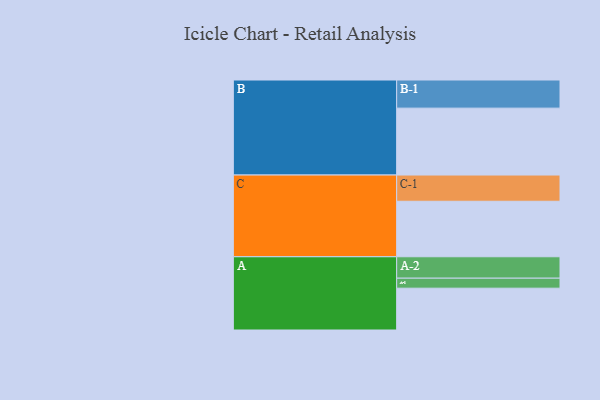
{"axis": {"x": "Segment", "y": "Value"}, "legend": ["", "A", "B", "C"], "data": [{"x": "A", "y": 330, "type": ""}, {"x": "B", "y": 528, "type": ""}, {"x": "C", "y": 438, "type": ""}, {"x": "A-1", "y": 79, "type": "A"}, {"x": "A-2", "y": 169, "type": "A"}, {"x": "B-1", "y": 222, "type": "B"}, {"x": "C-1", "y": 207, "type": "C"}]}